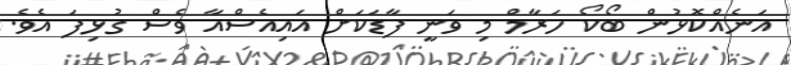
އަނެއްކޮޅުން ބޯކޯ ހަރާމް މި ވަނީ ފާޑަކަށް އައިއެސްއާ ވެސް ގުޅިފަ އެވެ.